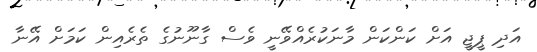
އަދި ޕީޖީ އަށް ކަންކަން މާނަކުރެއްވޭނީ ވެސް ގާނޫނުގެ ތެރެއިން ކަމަށް އޭނާ